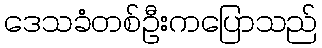
ဒေသခံတစ်ဦးကပြောသည်